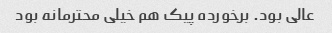
عالی بود. برخورده پیک هم خیلی محترمانه بود